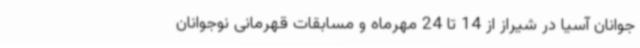
جوانان آسیا در شیراز از 14 تا 24 مهرماه و مسابقات قهرمانی نوجوانان